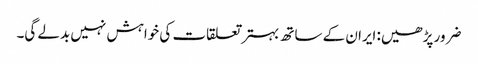
ضرور پڑھیں: ایران کے ساتھ بہتر تعلقات کی خواہش نہیں بدلے گی۔